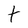
Character: t